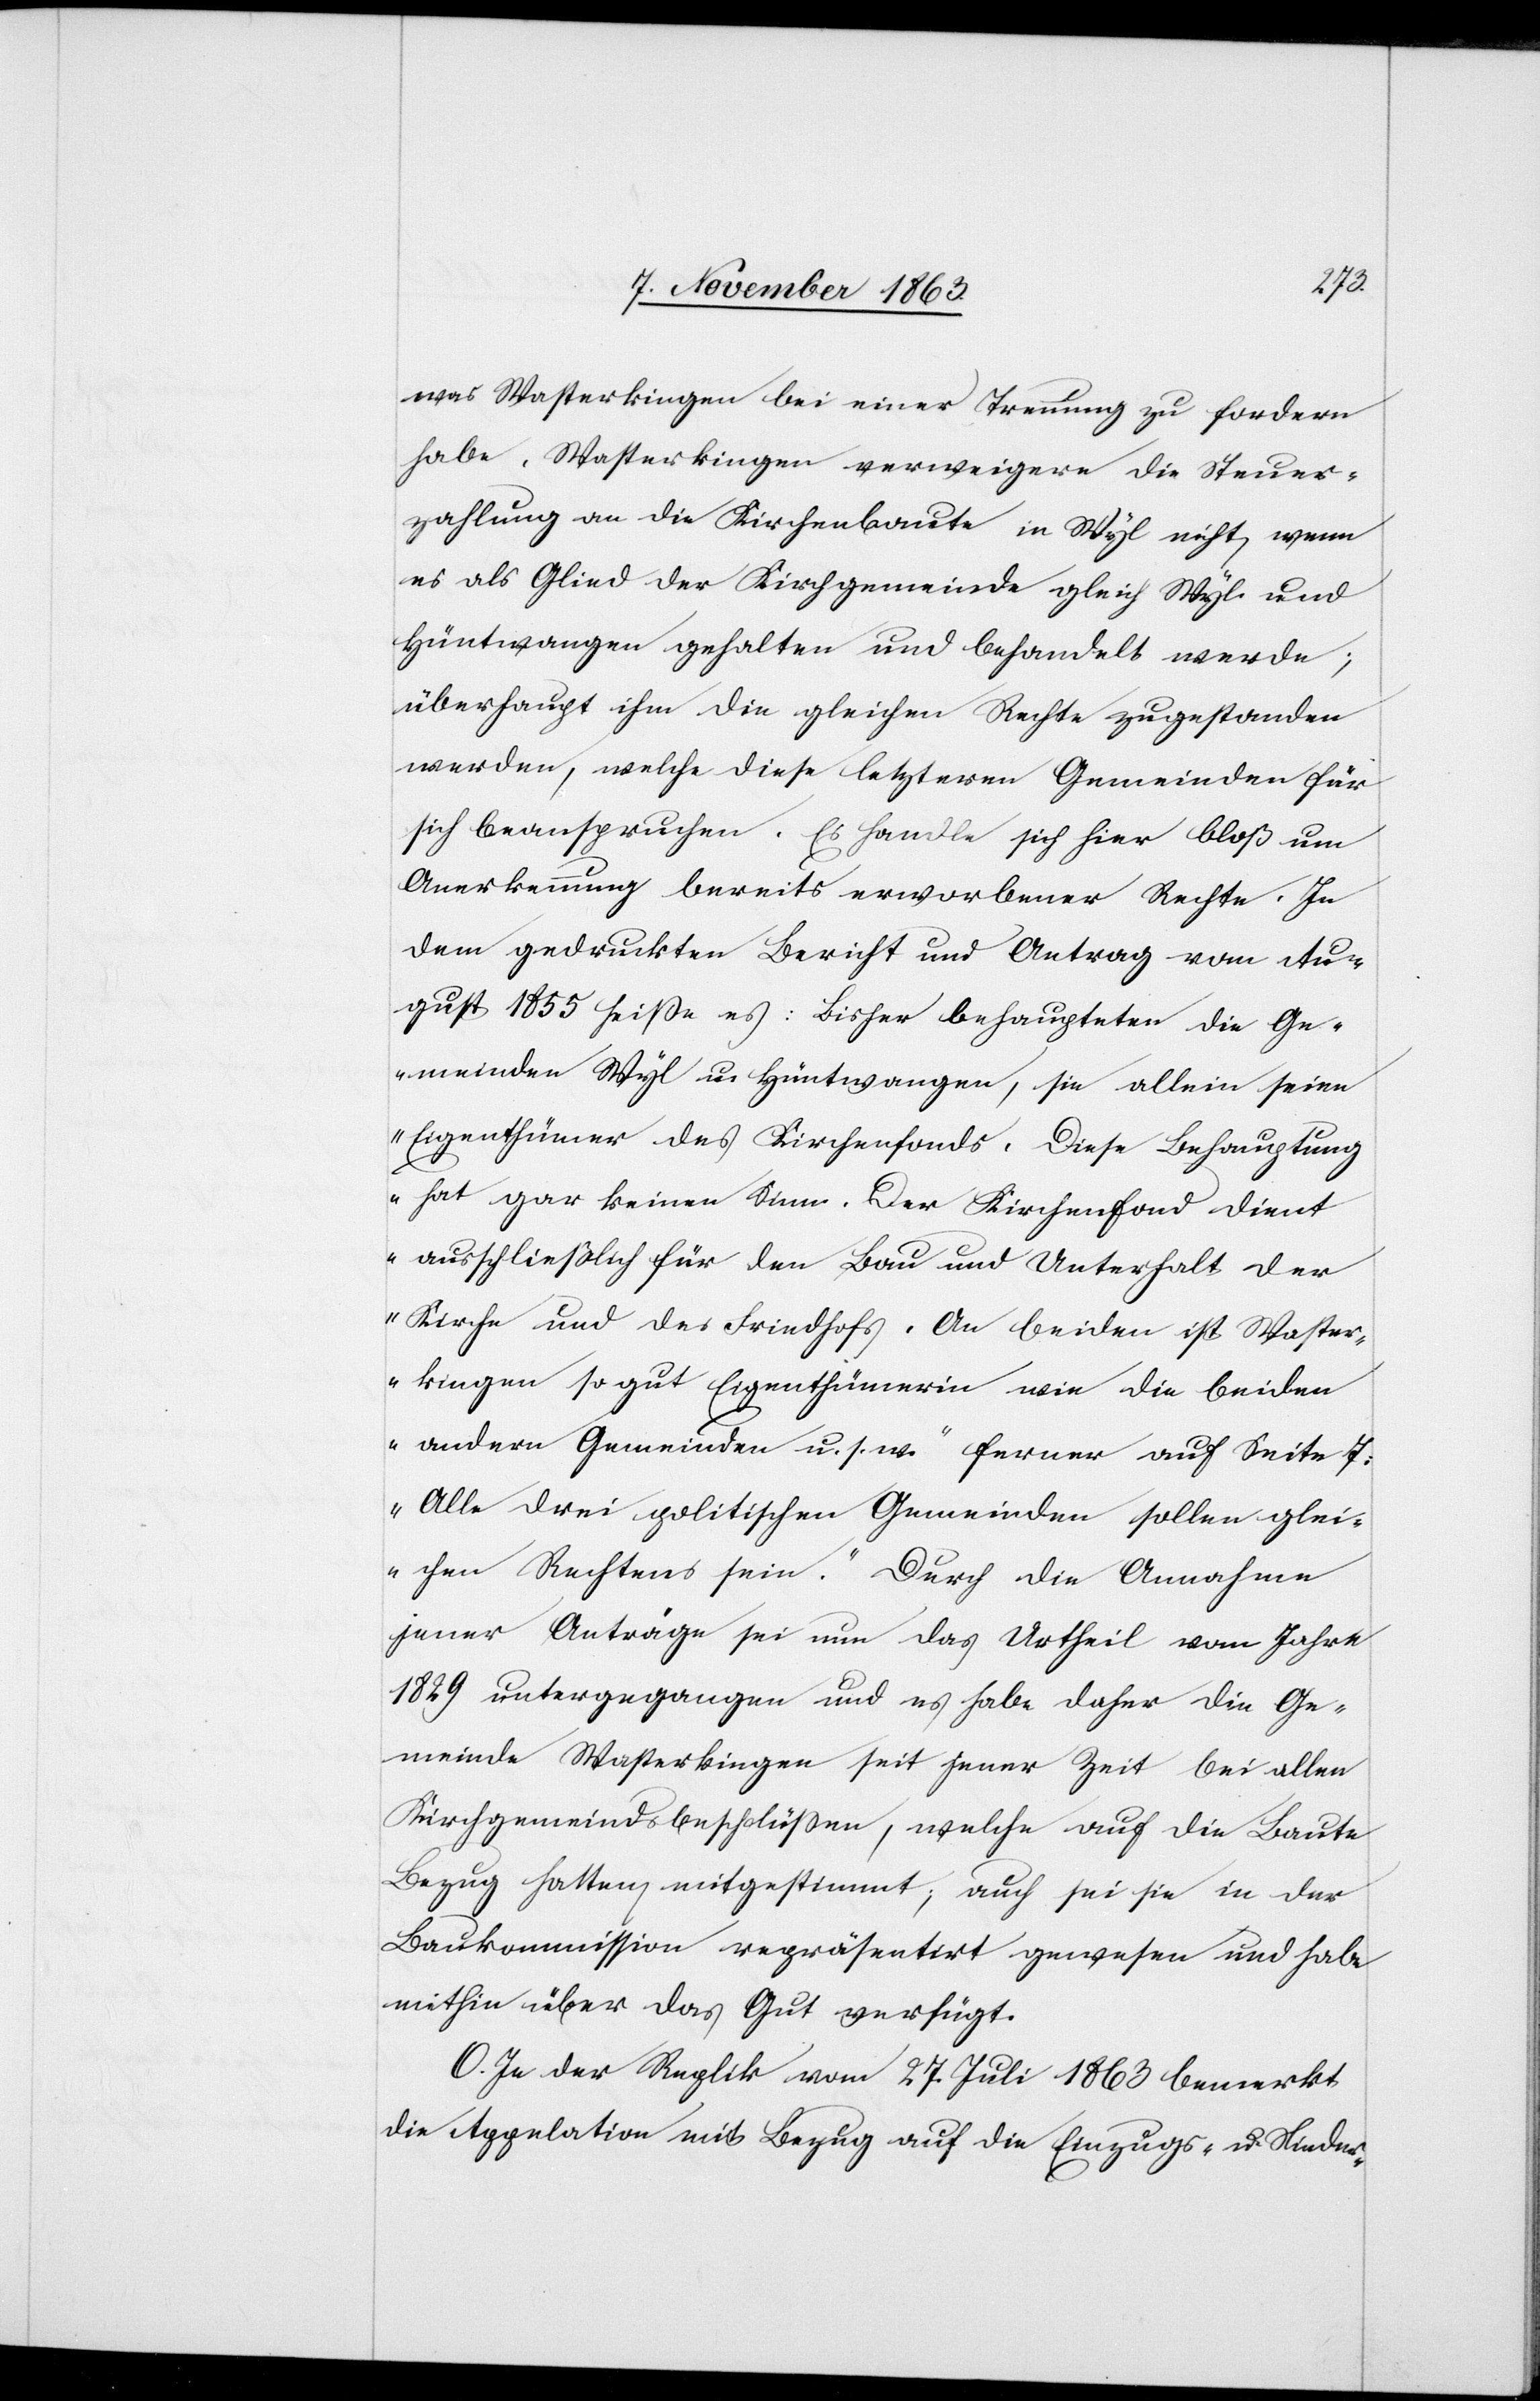
was Wasterkingen bei einer Trennung zu fordern
habe. Wasterkingen verweigere die Steuer¬
zahlung an die Kirchenbaute in Wyl nicht, wenn
es als Glied der Kirchgemeinde gleich Wyl und
Hüntwangen gehalten und behandelt werde;
überhaupt ihm die gleichen Rechte zugestanden
werden, welche diese letzteren Gemeinden für
sich beanspruchen. Es handle sich hier bloß um
Anerkennung bereits erworbener Rechte. In
dem gedruckten Bericht und Antrag vom Au¬
gust 1855 heiße es: „Bisher behaupteten die Ge¬
meinden Wyl u. Hüntwangen, sie allein seien
Eigenthümer des Kirchenfonds. Diese Behauptung
hat gar keinen Sinn. Der Kirchenfond dient
ausschließlich für den Bau und Unterhalt der
Kirche und des Friedhofs. An beiden ist Waster¬
kingen so gut Eigenthümerin wie die beiden
andern Gemeinden u. s. w.“ Ferner auf Seite 7:
„Alle drei politischen Gemeinden sollen glei¬
chen Rechtens sein.“ Durch die Annahme
jener Anträge sei nur das Urtheil vom Jahre
1829 untergegangen und es habe daher die Ge¬
meinde Wasterkingen seit jener Zeit bei allen
Kirchgemeindsbeschlüssen, welche auf die Baute
Bezug hatten, mitgestimmt; auch sei sie in der
Baukommission repräsentirt gewesen und habe
mithin über das Gut verfügt.
O. In der Replik vom 27. Juli 1863 bemerkt
die Appelation mit Bezug auf die Einzugs- u. Nieder-